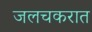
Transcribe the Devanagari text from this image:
जलचकरात